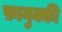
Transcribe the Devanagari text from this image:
फ़ानुक्की